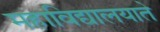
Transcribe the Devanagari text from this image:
महाविद्यालयाते